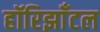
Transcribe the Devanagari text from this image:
हॉरिझाँटल